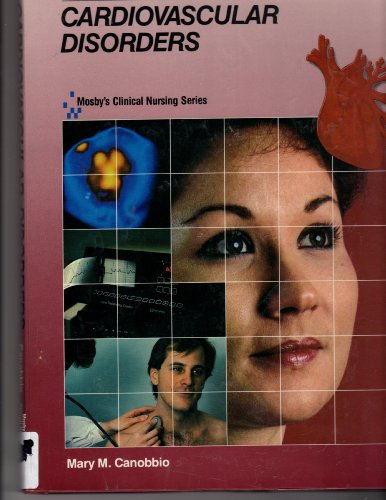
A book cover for Cardiovascular Disorders (Mosby's Clinical Nursing Series, Vol. 1); Mary M. Canobbio; Medical Books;